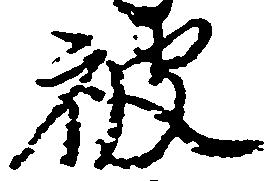
被